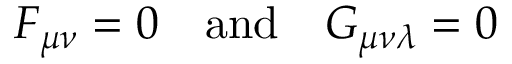
F _ { \mu \nu } = 0 \quad \mathrm { a n d } \quad G _ { \mu \nu \lambda } = 0